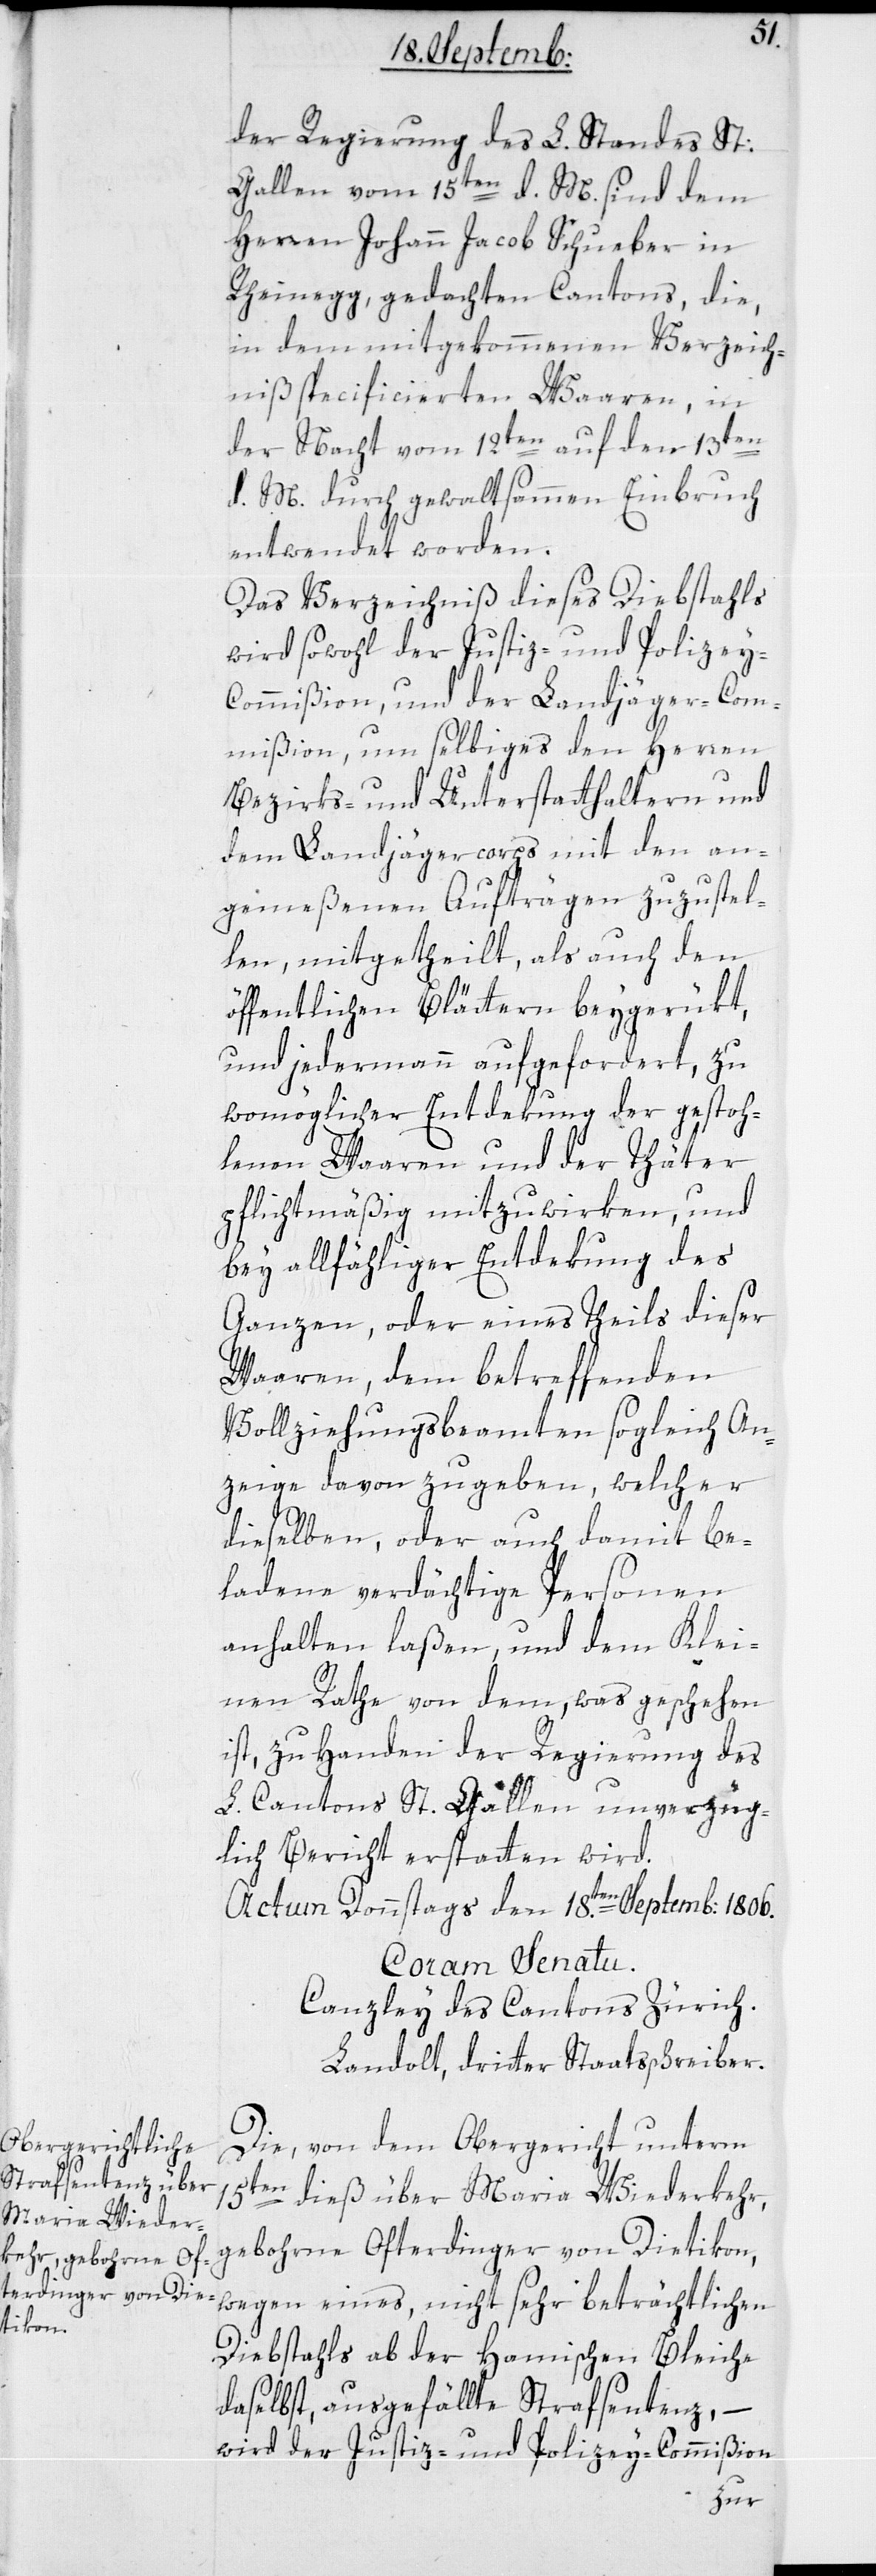
der Regierung des L. Standes St.
Gallen vom 15ten d. M. sind dem
Herren Johann Jacob Schueber in
Rheinegg, gedachten Cantons, die
in dem mitgekommenen Verzeich¬
niß specificierten Waaren, in
der Nacht vom 12ten auf den 13ten
d. M. durch gewaltsammen Einbruch
entwendet worden.
Das Verzeichniß dieses Diebstahls
wird sowohl der Justiz- und Polizey-C¬
ommißion und der Landjäger-Com¬
mißion , um selbiges den Herren
Bezirks- und Unterstatthaltern und
dem Landjäger-Corps mit den an¬
gemeßenen Aufträgen zuzustel¬
len, mitgetheilt, als auch den
öffentlichen Blättern beygerükt,
und jedermann aufgefordert, zu
womöglicher Entdekung der gestoh¬
lenen Waaren und der Täter
pflichtmäßig mitzuwirken, und
bey allfälliger Entdekung des
Ganzen oder eines Theils dieser
Waaren, dem betreffenden
Vollziehungsbeamten sogleich An¬
zeige davon zu geben, welcher
dieselben, oder auch damit be¬
ladene verdächtige Personen
anhalten laßen, und dem Klei¬
nen Rathe von dem, was geschehen
ist, zu Handen der Regierung des
L. Cantons St. Gallen unverzüg¬
lich Bericht erstatten wird.
Actum Donnstags den 18.ten Septemb[er] 1806.
Coram Senatu.
Canzley des Cantons Züric¬
h.Landolt, dritter Staatsschreiber.
Die von dem Obergericht unterm
15ten
dieß über Maria Wiederkehr,
gebohrne Ofterdinger von Dietikon,
wegen eines, nicht sehr beträchtlichen
Diebstahls ab der Hamischen Bleiche
daselbst, ausgefällte Strafsentenz, –
wird der Justiz- und Polizey-Commißion